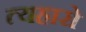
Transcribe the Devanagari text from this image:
त्यहारो